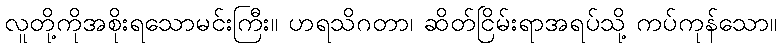
လူတို့ကိုအစိုးရသောမင်းကြီး။ ဟရသိဂတာ၊ ဆိတ်ငြိမ်းရာအရပ်သို့ ကပ်ကုန်သော။